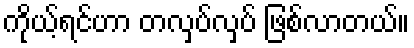
ကိုယ့်ရင်ဟာ တလှပ်လှပ် ဖြစ်လာတယ်။